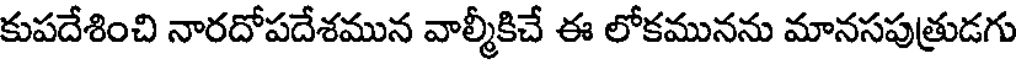
కుపదేశించి నారదోపదేశమున వాల్మీకిచే ఈ లోకమునను మానసపుత్రుడగు